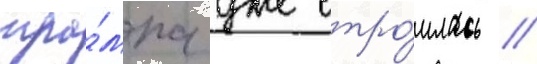
тра́мпа уже стро́илась //